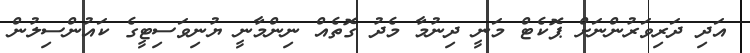
އަދި ދަރިވަރުންނަށް ޕޮކެޓް މަނީ ދިނުމާ މެދު ގޮތެއް ނިންމާނީ ޔުނިވަސިޓީގެ ކައުންސިލުން